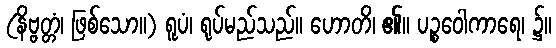
(နိဗ္ဗတ္တံ၊ ဖြစ်သော။) ရူပံ၊ ရုပ်မည်သည်။ ဟောတိ၊ ၏။ ပဉ္စဝေါကာရေ၊ ၌။